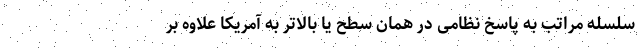
سلسله مراتب به پاسخ نظامی در همان سطح یا بالاتر به آمریکا علاوه بر